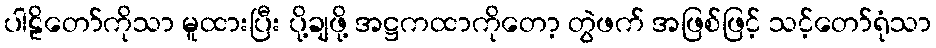
ပါဠိတော်ကိုသာ မူထားပြီး ပို့ချဖို့ အဋ္ဌကထာကိုတော့ တွဲဖက် အဖြစ်ဖြင့် သင့်တော်ရုံသာ